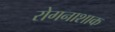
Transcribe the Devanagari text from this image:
रोगनाशाक